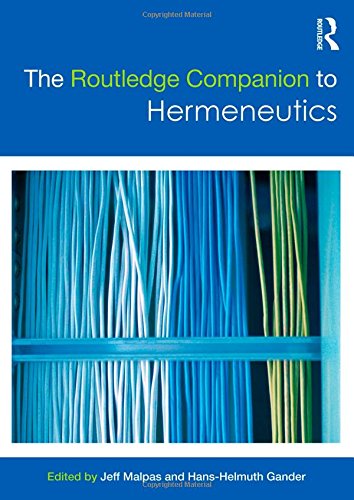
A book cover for The Routledge Companion to Hermeneutics (Routledge Philosophy Companions); Politics & Social Sciences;